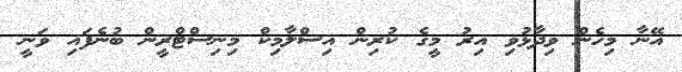
އޭނާ މިހެން ވިދާޅުވި އިރު މީގެ ކުރިން އިސްލާމިކް މިނިސްޓްރީން ބުނެފައި ވަނީ